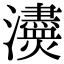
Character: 𤄸